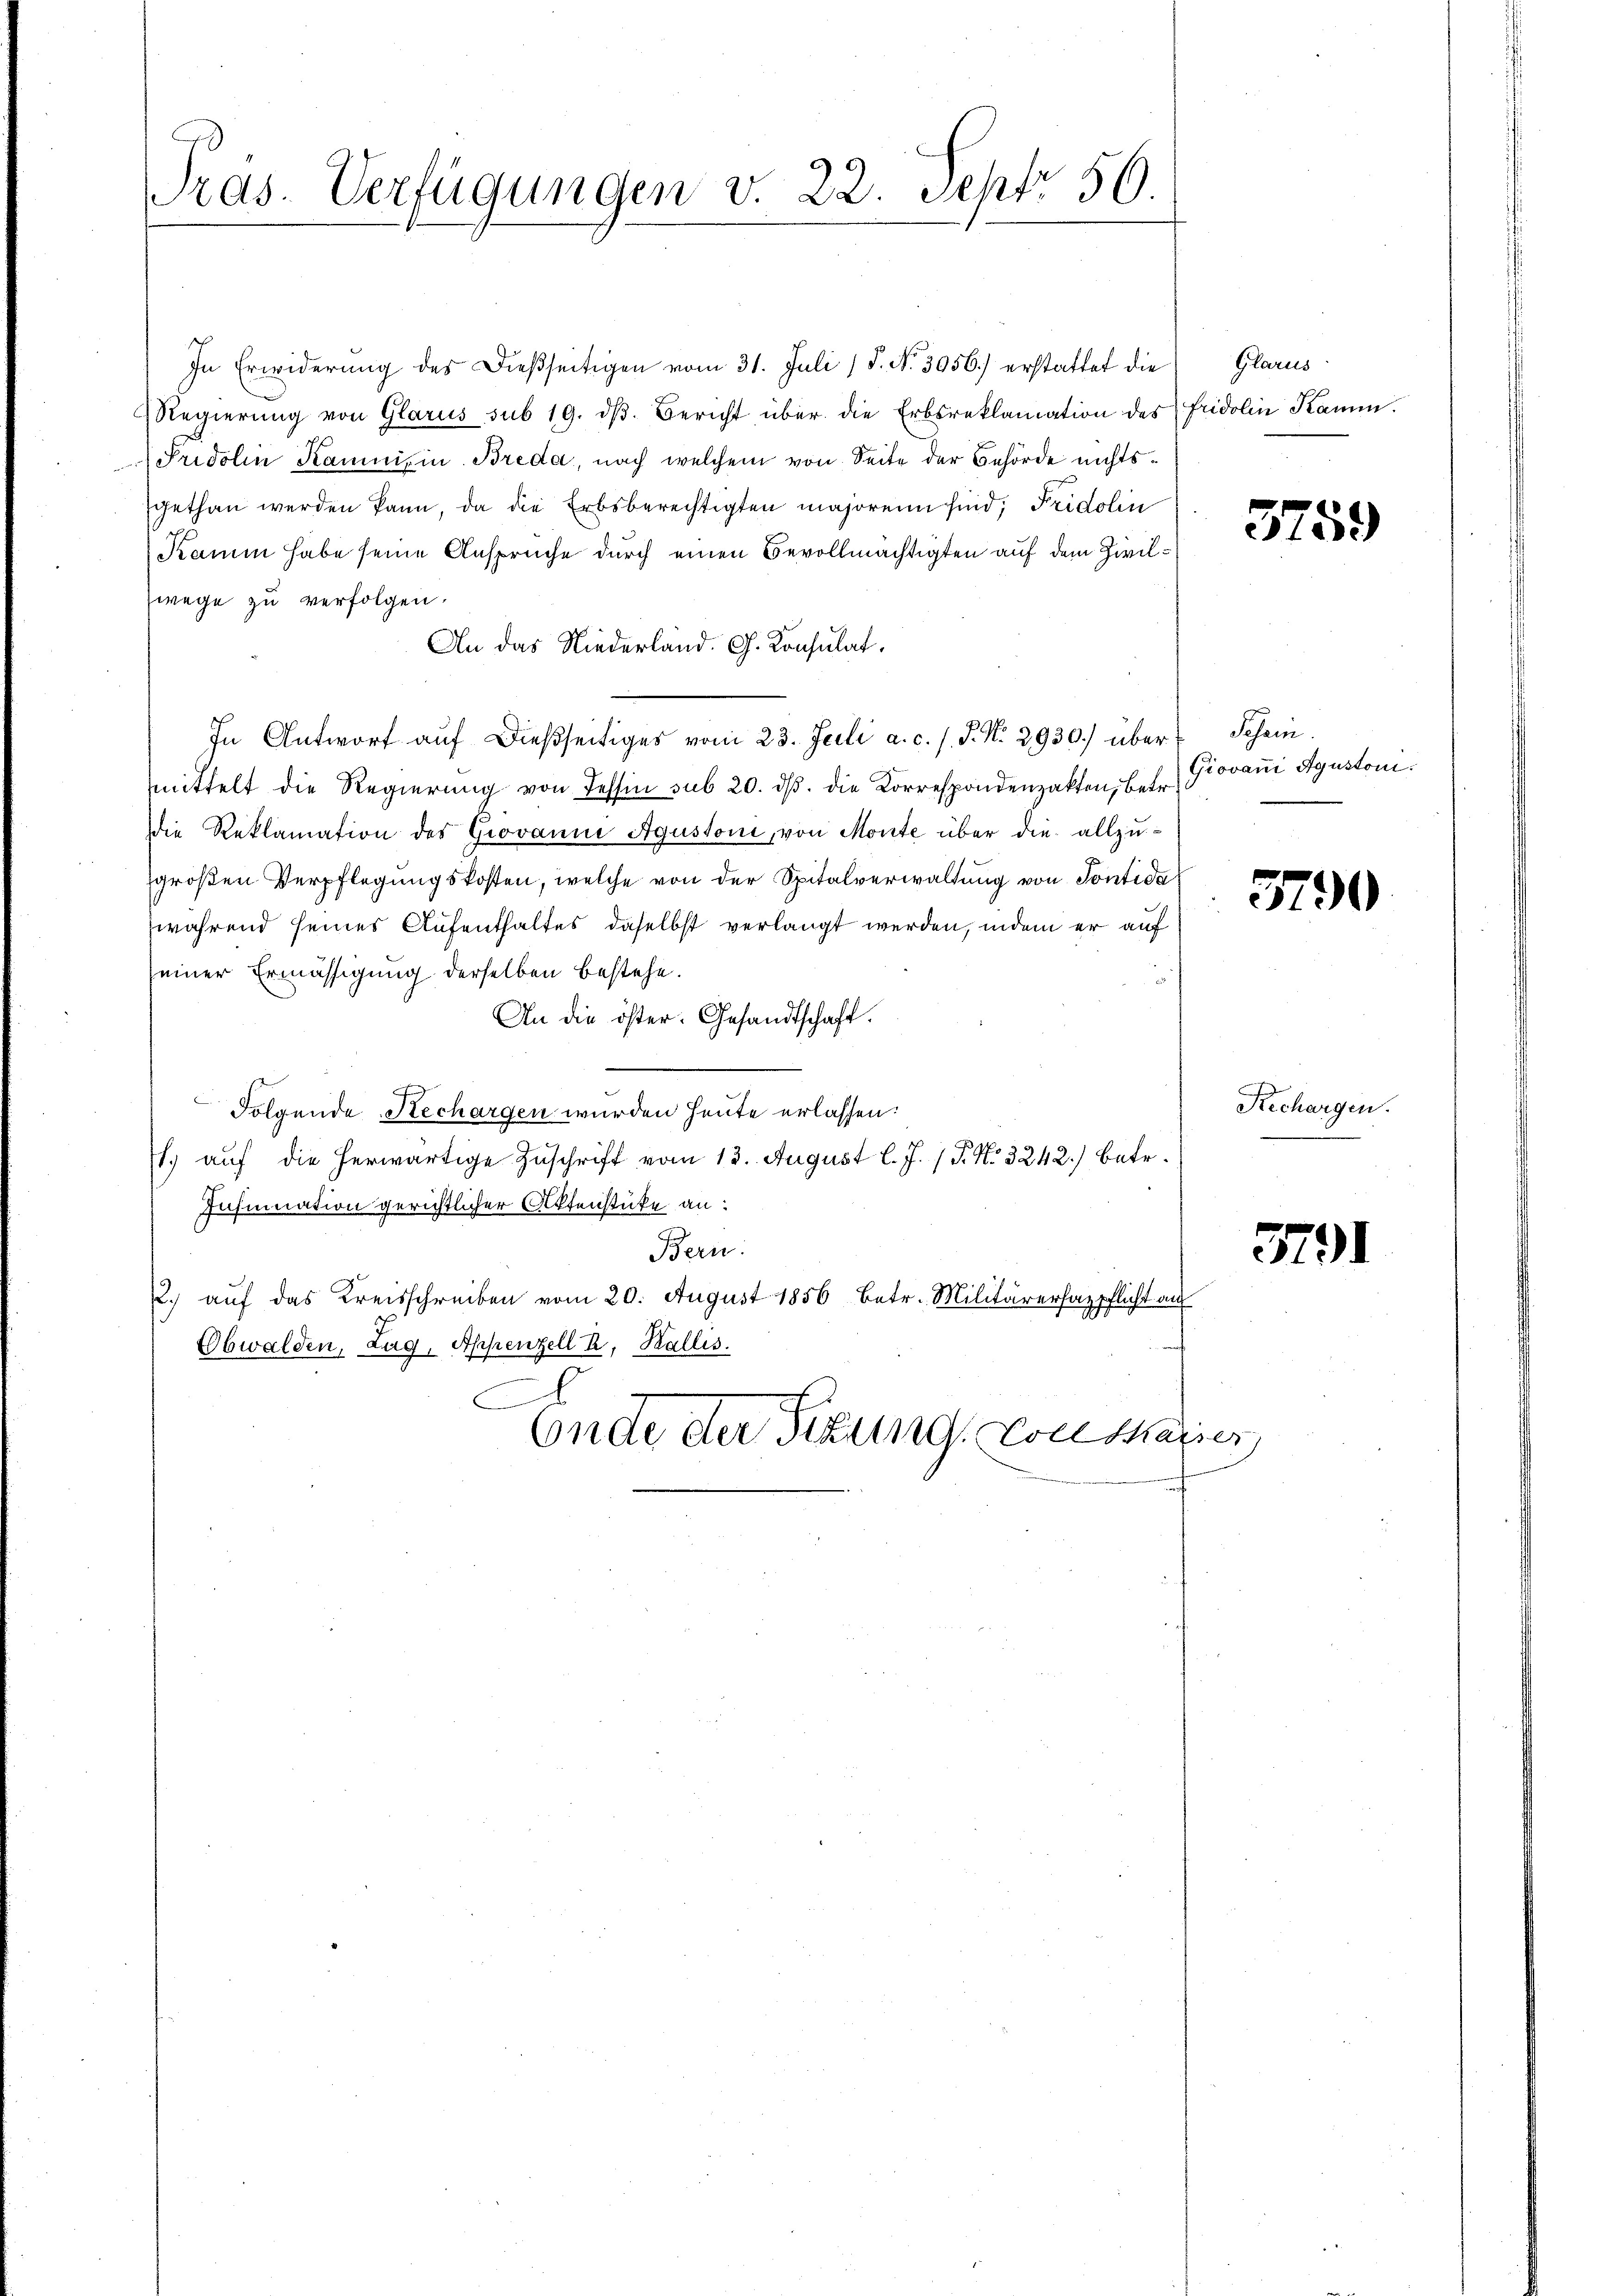
Tras. Verfügungen v. 22. Sept. 56.

In Erwiderŭng des dießseitigen vom 31. Juli / P. Nr. 3056.) erstattet die
Regierŭng von Glarus sub 19. dβ. Bericht über die Erbsreklamation des Fridolin Kamm.
Pridolin Kaumis in Breda, nach welchem von Seite der Behörde nichtsgethan werden kann, da die Erbsberechtigten majorenn sind; Fridolin
Kamin habe seine Ansprüche durch einen Bevollmächtigten auf dem Zivilwege zu verfolgen.
An das Niederland. G. Konsulat,
In Antwort aŭf dießseitiges vom 23. Juli a. c. s. S. Nr. 3930.) über Schein
mittelt die Regierung von Tessin sub 20. dβ. die Korrespondenzakten, betr.
die Reklamation des Giovanne Agustoni, von Monte über die allzugroßen Verpflegungskosten, welche von der Spitalverwaltung von Sontida
während seines Aufenthaltes daselbst verlangt werden, indem er auf
seiner Ermässigung derselben bestehe.
An die öster. Gesandtschaft.
Folgende Rechargen wurden heute erlassen:
l. auf die herwärtige Zuschrift vom 13. August l. J. P. Nr. 3242.) betr.
Inhmination gerichtlicher Aktenstüke an:
Bern.
2.) auf das Kreisschreiben vom 20. August 1856 betr. Militärerhazpflicht auf
Ebwalden, Zug, Appenzell h. Wallis.
e
Encle der Sitzung, von Masser,

Glarus

3759

Giovani Agustoni.

3790

Rechargen.

3791